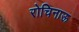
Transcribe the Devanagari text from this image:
रोचिनाऊ